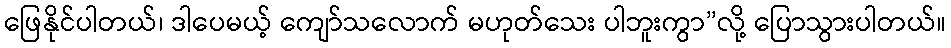
ဖြေနိုင်ပါတယ်၊ ဒါပေမယ့် ကျော်သလောက် မဟုတ်သေး ပါဘူးကွာ”လို့ ပြောသွားပါတယ်။